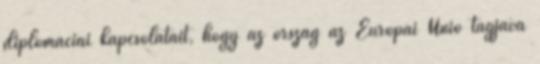
diplomáciai kapcsolatait, hogy az ország az Európai Unió tagjává